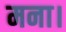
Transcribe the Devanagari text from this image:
मना।